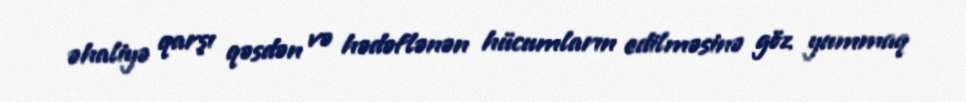
əhaliyə qarşı qəsdən və hədəflənən hücumların edilməsinə göz yummaq